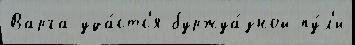
Варга уда́стс'я буржуа́зной пу́л'и